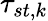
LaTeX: \tau_{st,k}